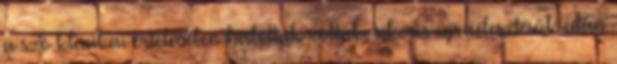
a szó klinikai értelmében halottak voltak, sikeres újraélesztésük után